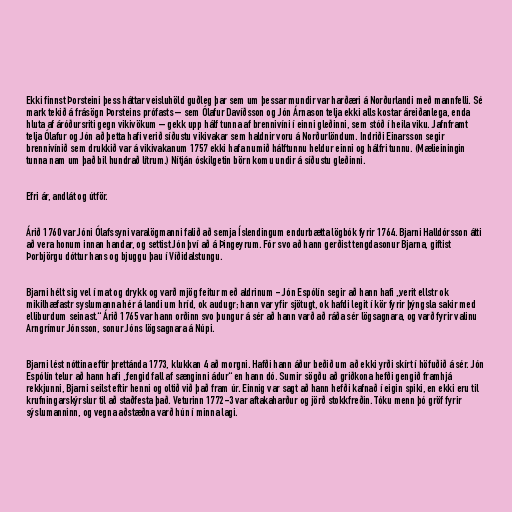
Ekki finnst Þorsteini þess háttar veisluhöld guðleg þar sem um þessar mundir var harðæri á Norðurlandi með mannfelli. Sé
mark tekið á frásögn Þorsteins prófasts – sem Ólafur Davíðsson og Jón Árnason telja ekki alls kostar áreiðanlega, enda
hluta af áróðursriti gegn vikivökum – gekk upp hálf tunna af brennivíni í einni gleðinni, sem stóð í heila viku. Jafnframt
telja Ólafur og Jón að þetta hafi verið síðustu vikivakar sem haldnir voru á Norðurlöndum. Indriði Einarsson segir
brennivínið sem drukkið var á vikivakanum 1757 ekki hafa numið hálftunnu heldur einni og hálfri tunnu. (Mælieiningin
tunna nam um það bil hundrað lítrum.) Nítján óskilgetin börn komu undir á síðustu gleðinni.

Efri ár, andlát og útför.

Árið 1760 var Jóni Ólafssyni varalögmanni falið að semja Íslendingum endurbætta lögbók fyrir 1764. Bjarni Halldórsson átti
að vera honum innan handar, og settist Jón því að á Þingeyrum. Fór svo að hann gerðist tengdasonur Bjarna, giftist
Þorbjörgu dóttur hans og bjuggu þau í Víðidalstungu.

Bjarni hélt sig vel í mat og drykk og varð mjög feitur með aldrinum - Jón Espólín segir að hann hafi „verit ellstr ok
mikilhæfastr syslumanna hér á landi um hríd, ok audugr; hann var yfir sjötugt, ok hafdi legit í kör fyrir þýngsla sakir med
elliburdum seinast.“ Árið 1765 var hann orðinn svo þungur á sér að hann varð að ráða sér lögsagnara, og varð fyrir valinu
Arngrímur Jónsson, sonur Jóns lögsagnara á Núpi.

Bjarni lést nóttina eftir þrettánda 1773, klukkan 4 að morgni. Hafði hann áður beðið um að ekki yrði skírt í höfuðið á sér. Jón
Espólín telur að hann hafi „fengid fall af sænginni ádur“ en hann dó. Sumir sögðu að griðkona hefði gengið framhjá
rekkjunni, Bjarni seilst eftir henni og oltið við það fram úr. Einnig var sagt að hann hefði kafnað í eigin spiki, en ekki eru til
krufningarskýrslur til að staðfesta það. Veturinn 1772-3 var aftakaharður og jörð stokkfreðin. Tóku menn þó gröf fyrir
sýslumanninn, og vegna aðstæðna varð hún í minna lagi.